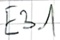
Text: E3.1